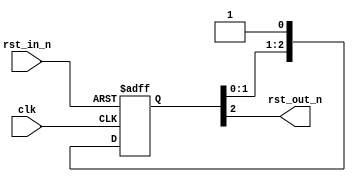
module clk_ctrl(/*autoport*/
//output
            rst_out_n,
//input
            clk,
            rst_in_n);

input wire clk;
input wire rst_in_n;
output wire rst_out_n;

reg[2:0] shifter;
assign rst_out_n = shifter[2];
always @(posedge clk or negedge rst_in_n) begin
    if (!rst_in_n) begin
        shifter <= 3'b000;
    end
    else begin
        shifter <= {shifter[1:0], 1'b1};
    end
end

endmodule